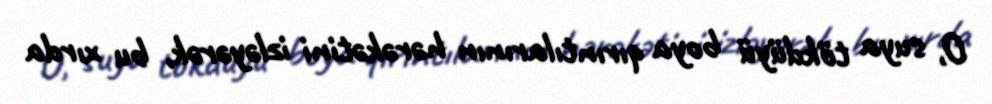
O, suya tökdüyü boya qırıntılarının hərəkətini izləyərək, bu xırda